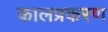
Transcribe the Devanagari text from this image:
कालप्रकरण